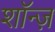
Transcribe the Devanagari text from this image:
शॉन्ज़